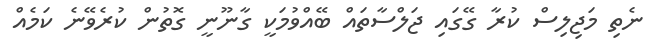
ނެތި މަޖިލިސް ކުރާ ގޭގައި ޖަލްސާތައް ބޭއްވުމަކީ ގާނޫނީ ގޮތުން ކުރެވޭނެ ކަމެއް